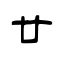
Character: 廿